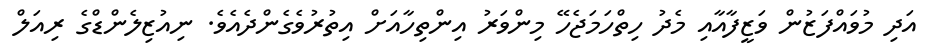
އަދި މުވައްފަޒުން ވަޒީފާއާއި މެދު ހިތްހަމަޖެހޭ މިންވަރު އިންތިހާއަށް އިތުރުވެގެންދެއެވެ. ނިއުޒިލެންޑްގެ ރިއަލް